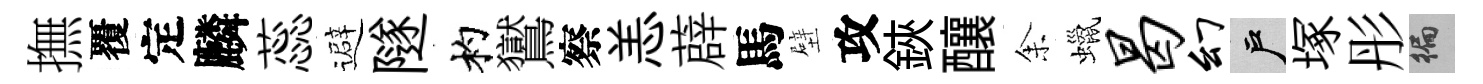
撫覆定麟蕊避隧杓鸑察恙薜馬壁攻鋏釀𪜬蠟曷幻户塚彤徧